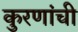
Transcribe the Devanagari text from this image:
कुरणांची